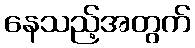
နေသည့်အတွက်